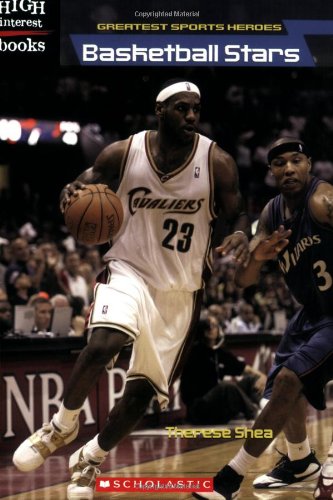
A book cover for Basketball Stars (High Interest Books: Greatest Sports Heroes); Therese Shea; Teen & Young Adult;